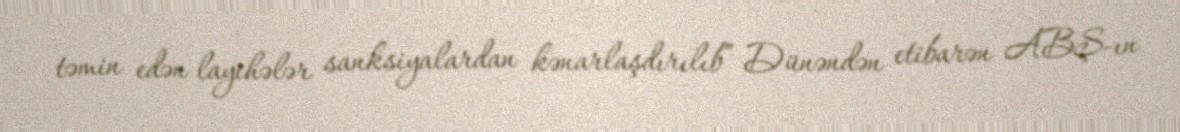
təmin edən layihələr sanksiyalardan kənarlaşdırılıb” Dünəndən etibarən ABŞ-ın